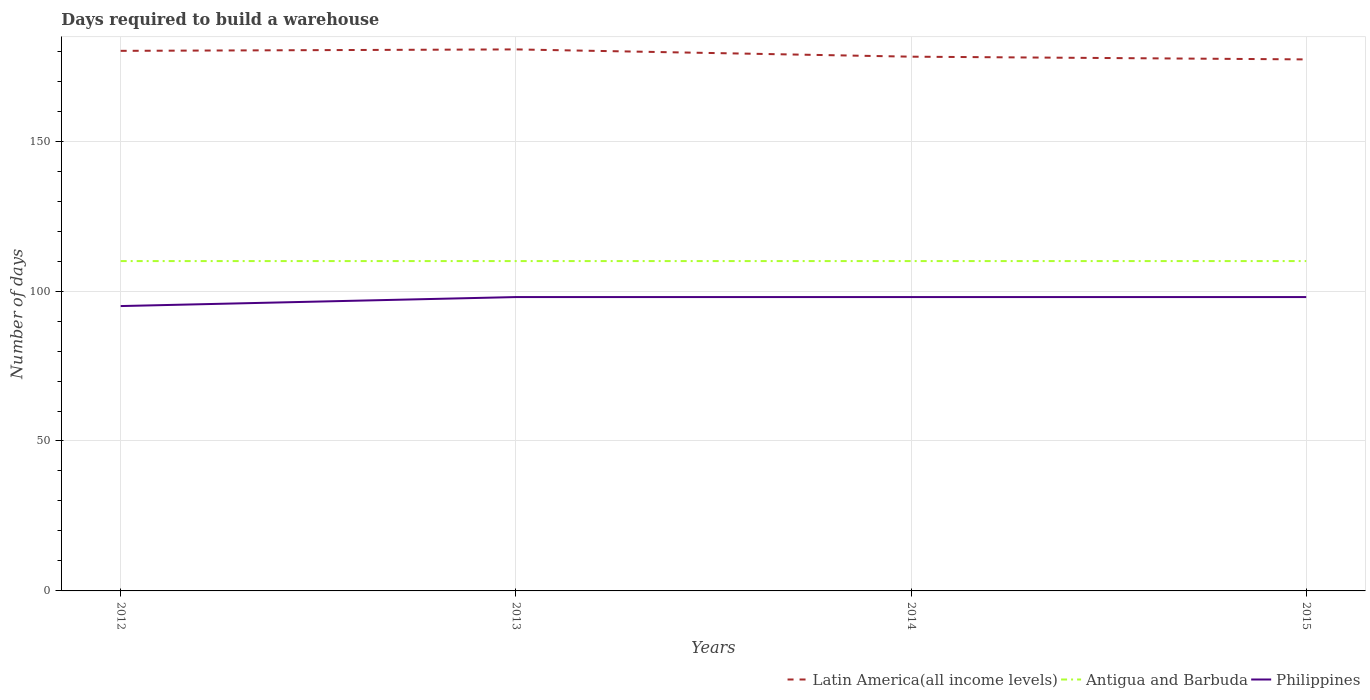
| Years | Latin America(all income levels) | Antigua and Barbuda | Philippines |
 | --- | --- | --- | --- |
 | 2012 | 180 | 110 | 95 |
 | 2013 | 181 | 110 | 98 |
 | 2014 | 178 | 110 | 98 |
 | 2015 | 177 | 110 | 98 |